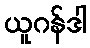
ယူဂန်ဒါ